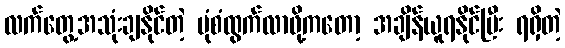
လက်တွေ့အသုံးချနိုင်တဲ့ ပုံစံထွက်လာဖို့ကတော့ အချိန်ယူရနိုင်ပြီး ရရှိတဲ့